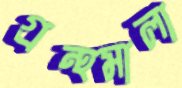
গ্রন্থমালা